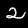
Digit: 2